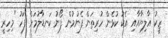
ޒީކު އާލިޔާއާއި އެކު ކުޅެން ހުރިތަން ފެނުމުން ފޯނު ކަނޑާލުމަށް ފަހު "މިހިރީ